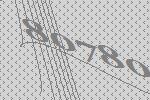
80780